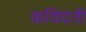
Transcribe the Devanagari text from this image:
कविंदती